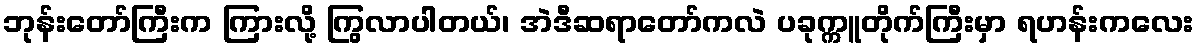
ဘုန်းတော်ကြီးက ကြားလို့ ကြွလာပါတယ်၊ အဲဒီဆရာတော်ကလဲ ပခုက္ကူတိုက်ကြီးမှာ ရဟန်းကလေး